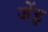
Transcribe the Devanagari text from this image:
जेंइ